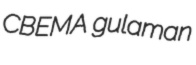
CBEMA gulaman